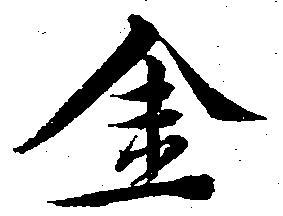
金